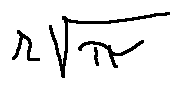
r \sqrt { \pi }